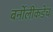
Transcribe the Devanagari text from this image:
बर्नोलीकडेच